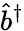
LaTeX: \widehat{b}^{\dagger}